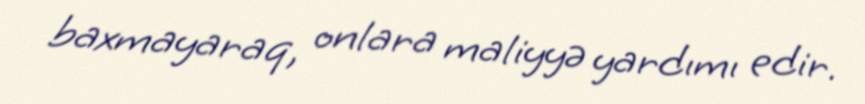
baxmayaraq, onlara maliyyə yardımı edir.